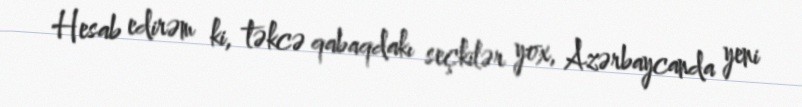
Hesab edirəm ki, təkcə qabaqdakı seçkilər yox, Azərbaycanda yeni